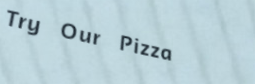
Try Our Pizza